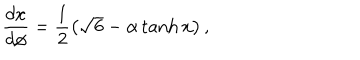
{ \frac { d x } { d \phi } = \frac { 1 } { 2 } \left( \sqrt { 6 } - \alpha \tanh x \right) , }